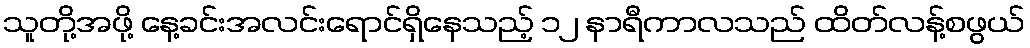
သူတို့အဖို့ နေ့ခင်းအလင်းရောင်ရှိနေသည့် ၁၂ နာရီကာလသည် ထိတ်လန့်စဖွယ်